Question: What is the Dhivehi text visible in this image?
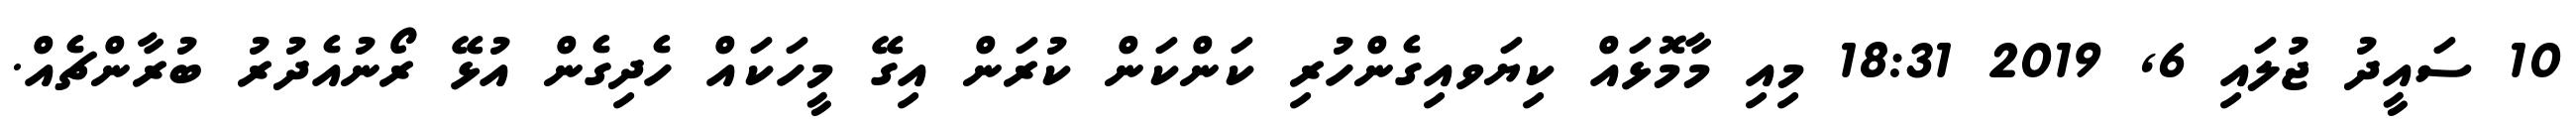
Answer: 10 ސައީދު ޖުލައި 6, 2019 18:31 މިއި މާމޮޅައް ކިޔަވއިގެންހުރި ކަންކަން ކުރަން އިގޭ މީހަކައް ހެދިގެން އުޅޭ ރޯނުއެދުރު ބުރާންޗެއް.